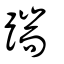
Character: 踹